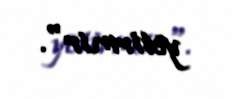
yetirmir".